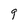
Character: 9